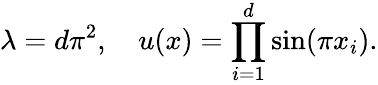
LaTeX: \lambda=d\pi^{2},\quad u(x)=\prod_{i=1}^{d}\sin(\pi x_{i}).